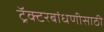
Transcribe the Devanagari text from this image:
ट्रॅक्टरबांधणीसाठी